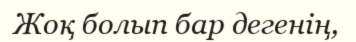
Жоқ болып бар дегенің,